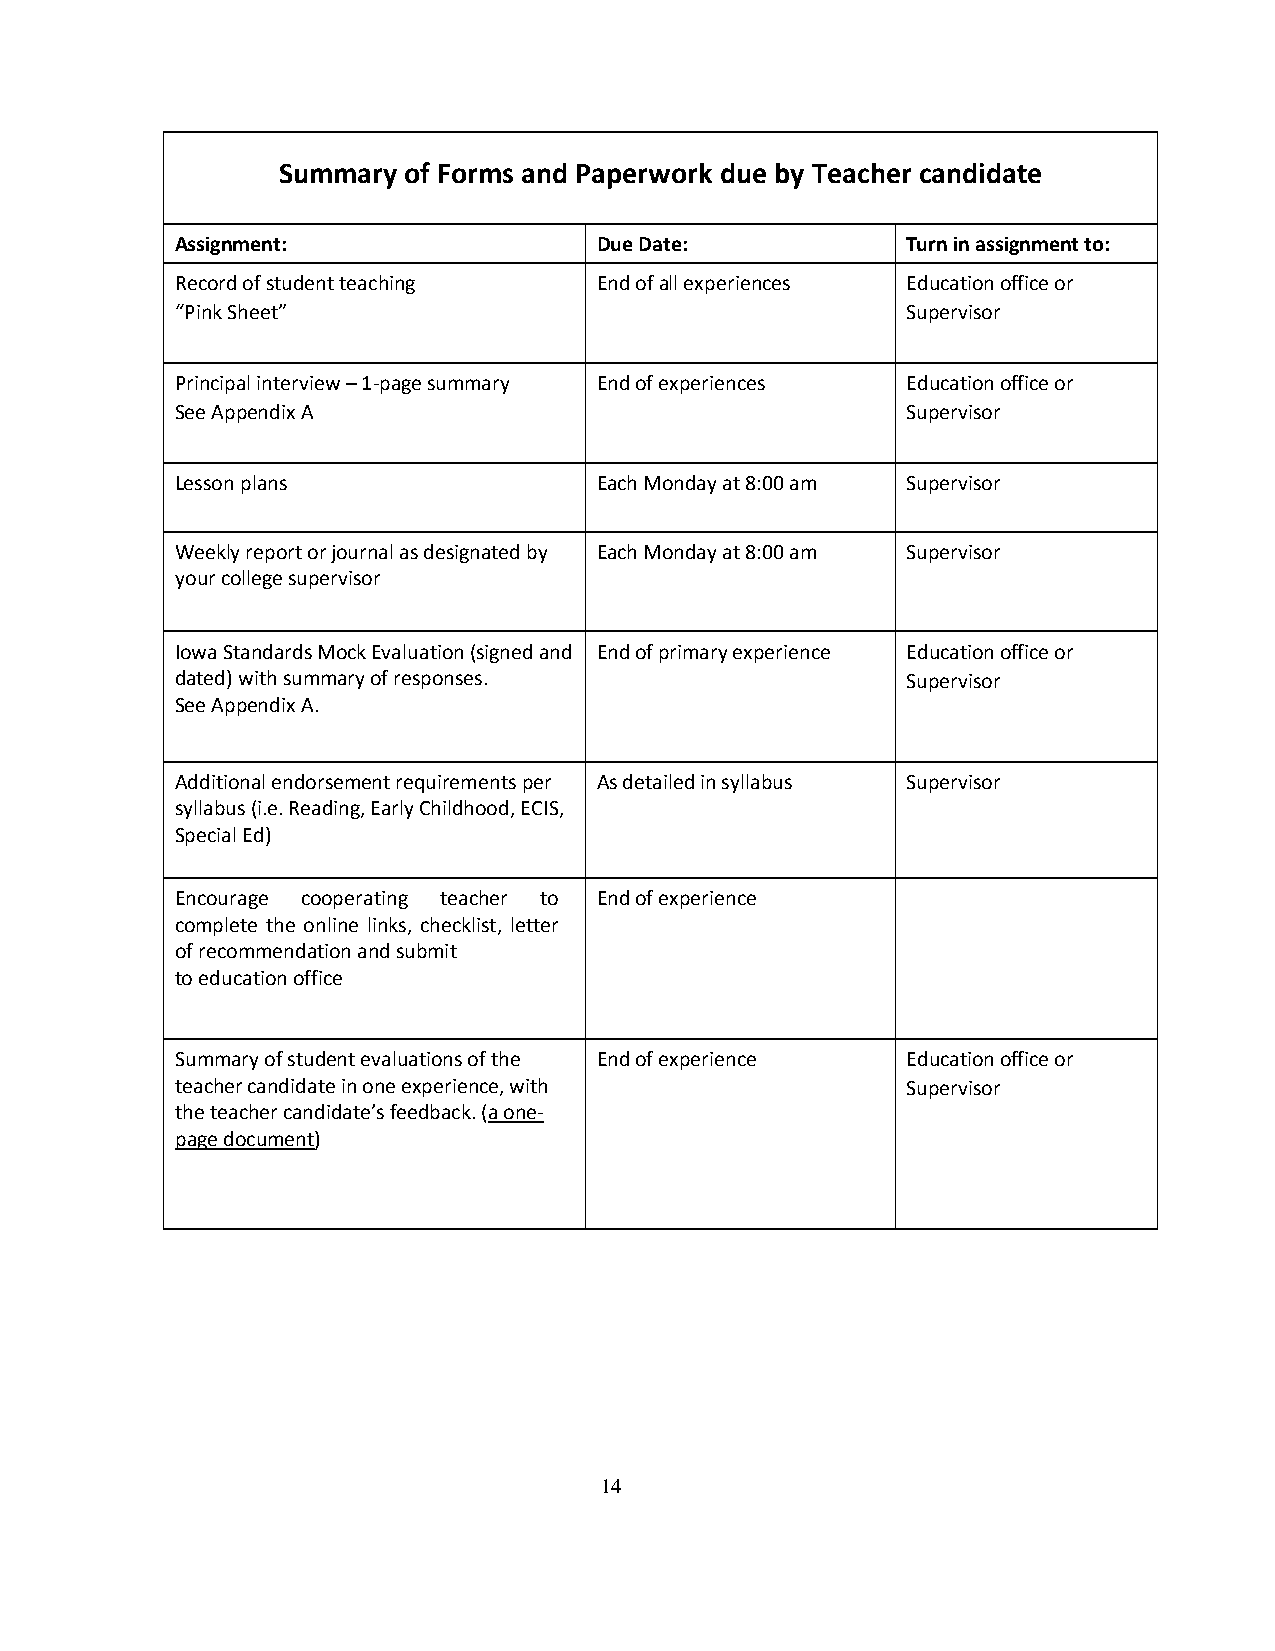
Summary  of Forms and Paperwork due by Teacher candidate
 Assignment:                 Due Date:           Turn in assignment to:
 Record of student teaching  End of all experiences Education office or
 “Pink Sheet”                                    Supervisor
 Principal interview – 1-page summary End of experiences Education office or
 See Appendix A                                  Supervisor
 Lesson plans                Each Monday at 8:00 am Supervisor
 Weekly report or journal as designated by Each Monday at 8:00 am Supervisor
 your college supervisor
 Iowa Standards Mock Evaluation (signed and End of primary experience Education office or
 dated) with summary of responses.               Supervisor
 See Appendix A.
 Additional endorsement requirements per As detailed in syllabus Supervisor
 syllabus (i.e. Reading, Early Childhood, ECIS,
 Special Ed)
 Encourage cooperating teacher to End of experience
 complete the online links, checklist, letter
 of recommendation and submit
 to education office
 Summary of student evaluations of the End of experience Education office or
 teacher candidate in one experience, with       Supervisor
 the teacher candidate’s feedback. (a one-
 page document)
 14